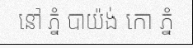
នៅ ភ្នំ បាយ៉ង់ កោ ភ្នំ